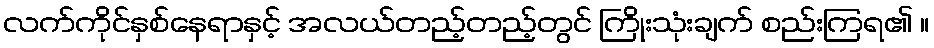
လက်ကိုင်နှစ်နေရာနှင့် အလယ်တည့်တည့်တွင် ကြိုးသုံးချက် စည်းကြရ၏ ။